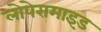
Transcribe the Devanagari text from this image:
लोपेरामाइड